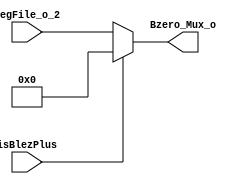
module Bzero_Mux(RegFile_o_2,isBlezPlus,Bzero_Mux_o);
  input[31:0] RegFile_o_2;
  input isBlezPlus;
  output[31:0] Bzero_Mux_o;
  
  assign Bzero_Mux_o=isBlezPlus?32'b0:RegFile_o_2;
endmodule